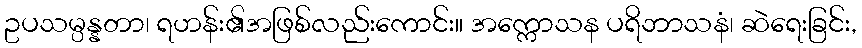
ဥပသမ္ပန္နတာ၊ ရဟန်း၏အဖြစ်လည်းကောင်း။ အက္ကောသန ပရိဘာသနံ၊ ဆဲရေးခြင်း,